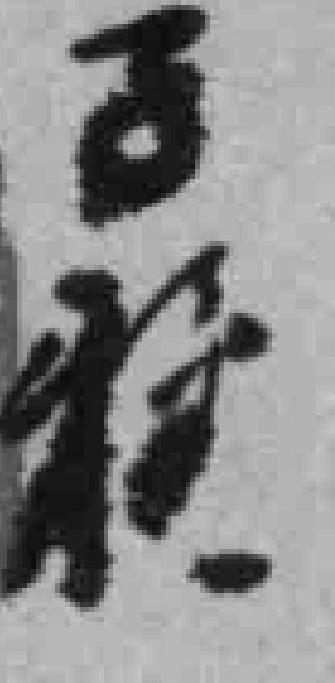
**